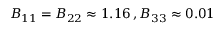
B _ { 1 1 } = B _ { 2 2 } \approx 1 . 1 6 \, , B _ { 3 3 } \approx 0 . 0 1